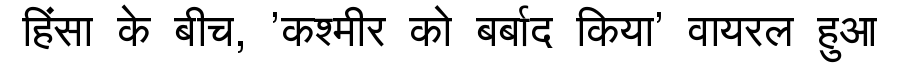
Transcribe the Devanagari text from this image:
हिंसा के बीच, 'कश्मीर को बर्बाद किया' वायरल हुआ